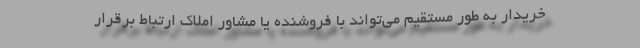
خریدار به طور مستقیم می‌تواند با فروشنده یا مشاور املاک ارتباط برقرار